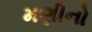
મણીનો